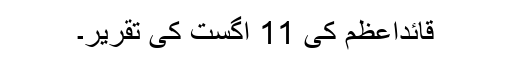
قائداعظم کی 11 اگست کی تقریر۔